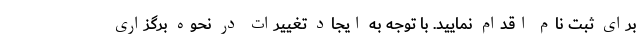
برای ثبت نام اقدام نمایید. با توجه به ایجاد تغییرات در نحوه برگزاری